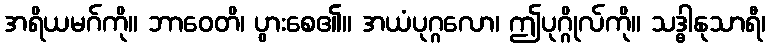
အရိယမဂ်ကို။ ဘာဝေတိ၊ ပွားစေ၏။ အယံပုဂ္ဂလော၊ ဤပုဂ္ဂိုလ်ကို။ သဒ္ဓါနုသာရီ၊